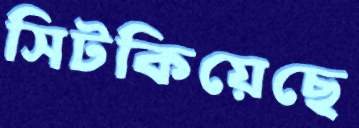
সিটকিয়েছে